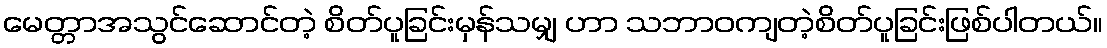
မေတ္တာအသွင်ဆောင်တဲ့ စိတ်ပူခြင်းမှန်သမျှ ဟာ သဘာဝကျတဲ့စိတ်ပူခြင်းဖြစ်ပါတယ်။